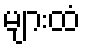
များထံ